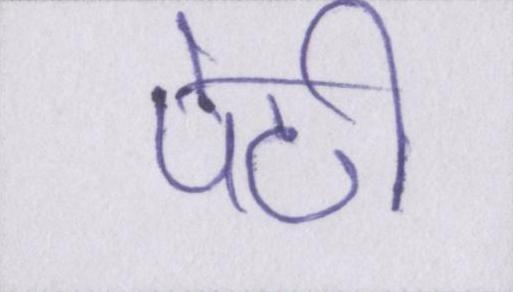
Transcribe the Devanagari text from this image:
पेटी